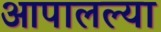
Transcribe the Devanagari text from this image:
आपालल्या